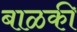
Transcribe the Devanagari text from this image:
बाळकी